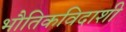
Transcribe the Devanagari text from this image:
भौतिकविदाशी